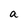
Character: a